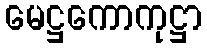
မေဋ္ဌကောကုဋ္ဌာ